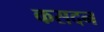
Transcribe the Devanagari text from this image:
कसदन